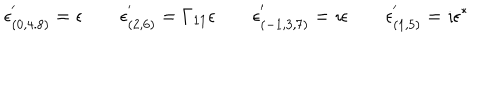
LaTeX: \epsilon _ { ( 0 , 4 . 8 ) } ^ { ' } = \epsilon \qquad \epsilon _ { ( 2 , 6 ) } ^ { ' } = \Gamma _ { 1 1 } \epsilon \qquad \epsilon _ { ( - 1 , 3 , 7 ) } ^ { ' } = \imath \epsilon \qquad \epsilon _ { ( 1 , 5 ) } ^ { ' } = \imath \epsilon ^ { \ast }